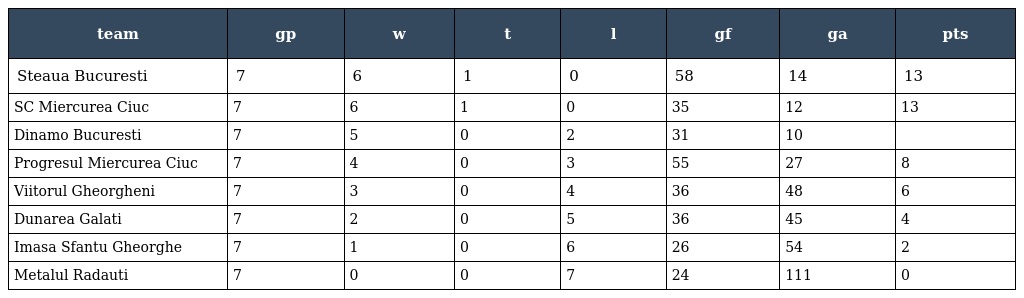
| team | gp | w | t | l | gf | ga | pts |
 | --- | --- | --- | --- | --- | --- | --- | --- |
 | Steaua Bucuresti | 7 | 6 | 1 | 0 | 58 | 14 | 13 |
 | SC Miercurea Ciuc | 7 | 6 | 1 | 0 | 35 | 12 | 13 |
 | Dinamo Bucuresti | 7 | 5 | 0 | 2 | 31 | 10 |  |
 | Progresul Miercurea Ciuc | 7 | 4 | 0 | 3 | 55 | 27 | 8 |
 | Viitorul Gheorgheni | 7 | 3 | 0 | 4 | 36 | 48 | 6 |
 | Dunarea Galati | 7 | 2 | 0 | 5 | 36 | 45 | 4 |
 | Imasa Sfantu Gheorghe | 7 | 1 | 0 | 6 | 26 | 54 | 2 |
 | Metalul Radauti | 7 | 0 | 0 | 7 | 24 | 111 | 0 |